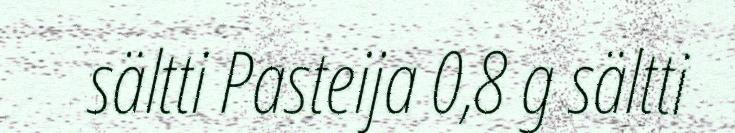
sältti Pasteija 0,8 g sältti